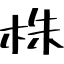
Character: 株